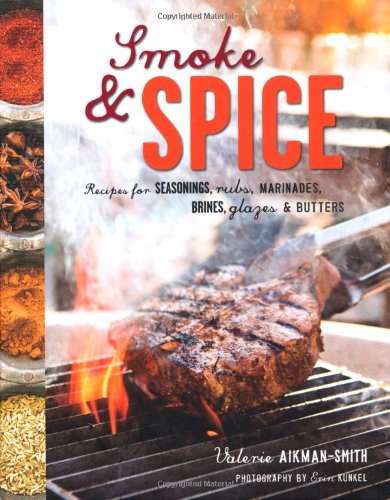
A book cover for Smoke & Spice: Recipes for Seasonings, Rubs, Marinades, Brines, Glazes & Butter; Valerie Aikman-Smith; Cookbooks, Food & Wine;